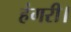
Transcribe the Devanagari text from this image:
हंगरी।